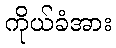
ကိုယ်ခံအား